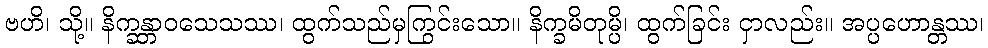
ဗဟိ၊ သို့။ နိက္ခန္တာဝသေသဿ၊ ထွက်သည်မှကြွင်းသော။ နိက္ခမိတုမ္ပိ၊ ထွက်ခြင်း ငှာလည်း။ အပ္ပဟောန္တဿ၊